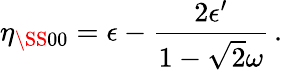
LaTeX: \eta_{\SS 00}=\epsilon-\frac{2\epsilon^{\prime}}{1-\sqrt{2}\omega}\, .